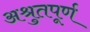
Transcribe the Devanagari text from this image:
अश्रुतपूर्ण